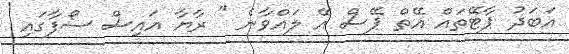
އަބަދު ޕާޓޭތައް އޭތް ޕޭސް އޭ ލައްވާނެ " ރާޔާ އައިސް ސޯފާގައި